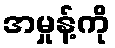
အမှုန့်ကို